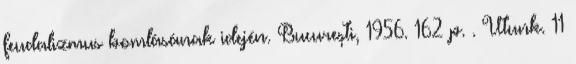
feudalizmus bomlásának idején. Bucureşti, 1956. 162 p. . Utunk. 11